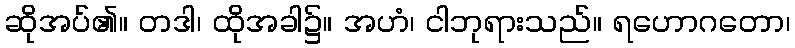
ဆိုအပ်၏။ တဒါ၊ ထိုအခါ၌။ အဟံ၊ ငါဘုရားသည်။ ရဟောဂတော၊